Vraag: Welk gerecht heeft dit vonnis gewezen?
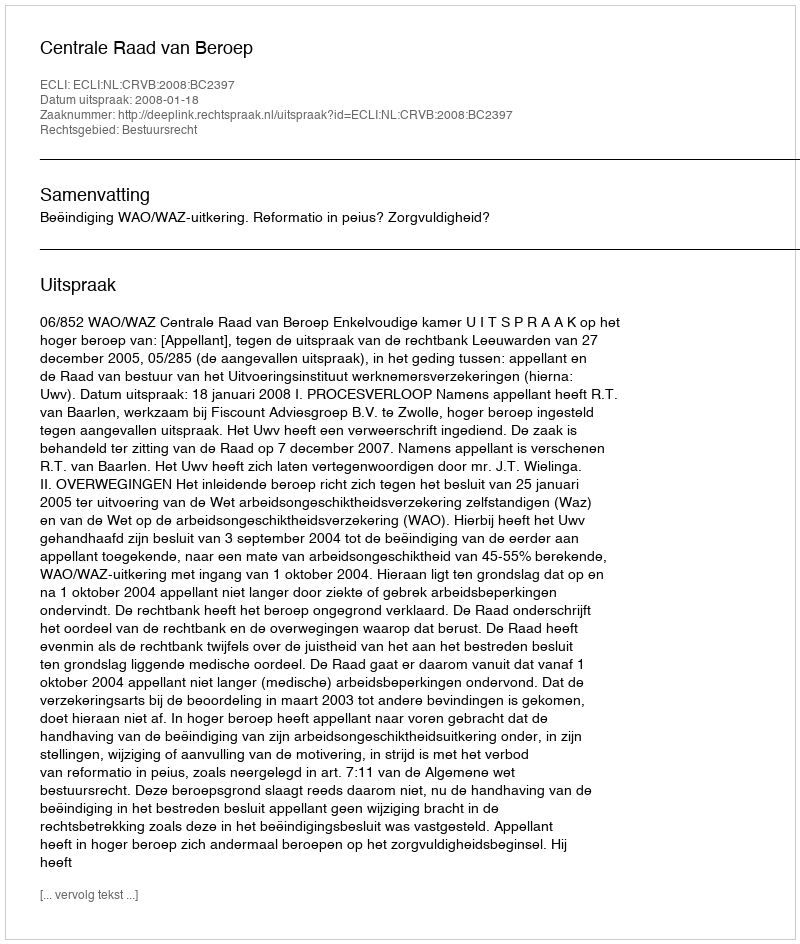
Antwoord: Centrale Raad van Beroep